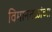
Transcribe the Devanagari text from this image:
विमानतळांच्या